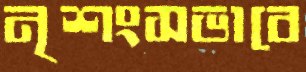
নৃশংসভাবে